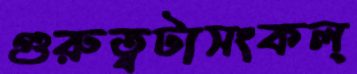
গুরুত্বটাসংকল্